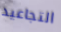
التجاعيد